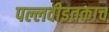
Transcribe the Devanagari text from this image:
पल्लवीइतकाच